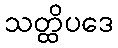
သတ္ထိပဒေ